Civil Veterinary Department. Madras. Admin. report 1910-25 - 1910-1925
Year: 1910
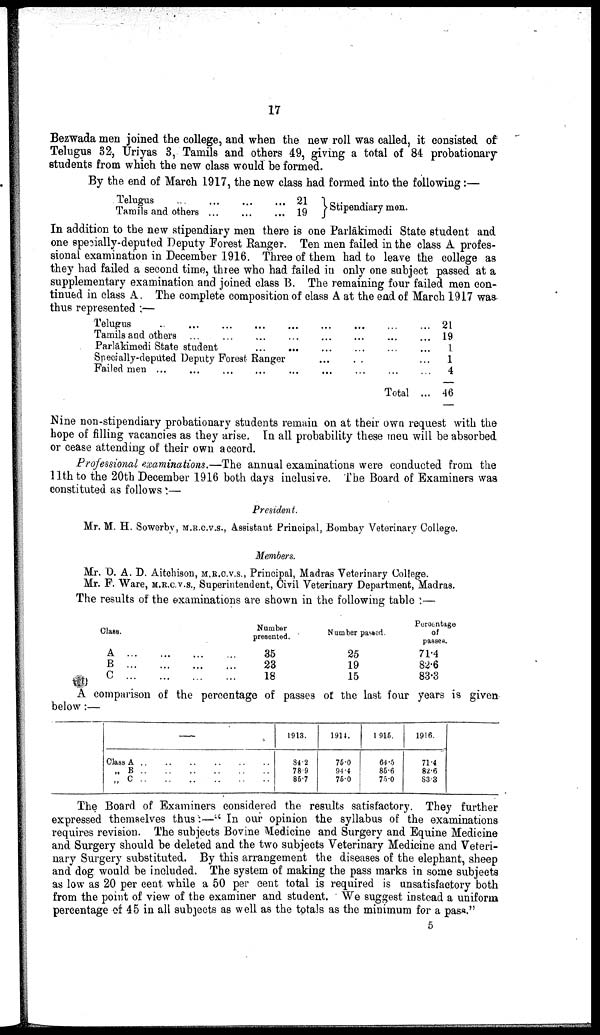
17
Bezwada men joined the college, and when the new roll was called, it consisted of
Telugus 32, Uriyas 3, Tamils and others 49, giving a total of 84 probationary
students from which the new class would be formed.
By the end of March 1917, the new class had formed into the following:—
Telugus...
...
...
...
21
Tamils and others
...
...
...
19
Stipendiary men.
In addition to the new stipendiary men there is one Parlākimedi State student and
one specially-deputed Deputy Forest Ranger. Ten men failed in the class A profes
sional examination in December 1916. Three of them had to leave the college as
they had failed a second time, three who had failed in only one subject passed at a
supplementary examination and joined class B. The remaining four failed men con
tinued in class A. The complete composition of class A at the end of March 1917 was
thus represented :—
Telugus
..
...
...
...
...
...
Tamils and others
...
...
...
...
...
Parlakimedi State student
...
... ...
Specially-deputed Deputy Forest Ranger ...
Failed men
...
...
...
...
...
...
... ... ...
... ... ...
... ... ...
..
...
... ... ...
Total ...
21
19
1
1
4
46
Nine non-stipendiary probationary students remain on at their own request with the
hope of filling vacancies as they arise. In all probability these men will be absorbed
or cease attending of their own accord.
Professional examinations.—The annual examinations were conducted from the
11th to the 20th December 1916 both days inclusive. The Board of Examiners was
constituted as follows :—
President.
Mr. M. H. Sowerby, M.R.C.V.S., Assistant Principal, Bombay Veterinary College.
Members.
Mr. D. A. D. Aitchison, M.R.C.V.S., Principal, Madras Veterinary College.
Mr. F. Ware, M.R.C.V.S., Superintendent, Civil Veterinary Department, Madras.
The results of the examinations are shown in the following table :—
Class.
A
...
...
B
...
...
C
...
...
Number
presented.
...
...
35
...
...
23
...
...
18
Number passed.
25
19
15
Percentage
of
passes.
71.4
82.6
83.3
A comparison of the percentage of passes of the last four years is given
below:—
—
Class A .. .. .. .. .. ..
„ B .. .. .. .. .. ..
„ C .. .. .. .. .. ..
1913.
81.2
78.9
85.7
1911.
75.0
94.4
75.0
1 915.
64.5
85.6
75.0
1916.
71.4
82.6
83.3
The Board of Examiners considered the results satisfactory. They further
expressed themselves thus:—" In our opinion the syllabus of the examinations
requires revision. The subjects Bovine Medicine and Surgery and Equine Medicine
and Surgery should be deleted and the two subjects Veterinary Medicine and Veteri
nary Surgery substituted. By this arrangement the diseases of the elephant, sheep
and dog would be included. The system of making the pass marks in some subjects
as low as 20 per cent while a 50 per cent total is required is unsatisfactory both
from the point of view of the examiner and student. We suggest instead a uniform
percentage of 45 in all subjects as well as the totals as the minimum for a pass."
5